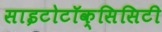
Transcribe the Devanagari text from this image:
साइटोटॉक्सिसिटी